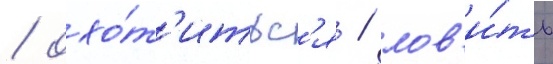
/ охо́т'итьс'я / лов'и́ть